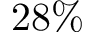
2 8 \%